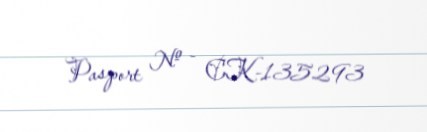
Pasport № - CK-135293